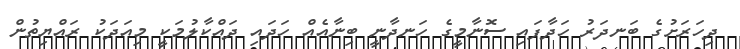
ދިހަރަށުގެ ބަނދަރު ހަދާފައި ސޮނާމީގެ ހަނދާނީ ބިނާއެއް ހަދައި ދައްކާލުމަކީ މިއަދަކު ރައްޔިތުން